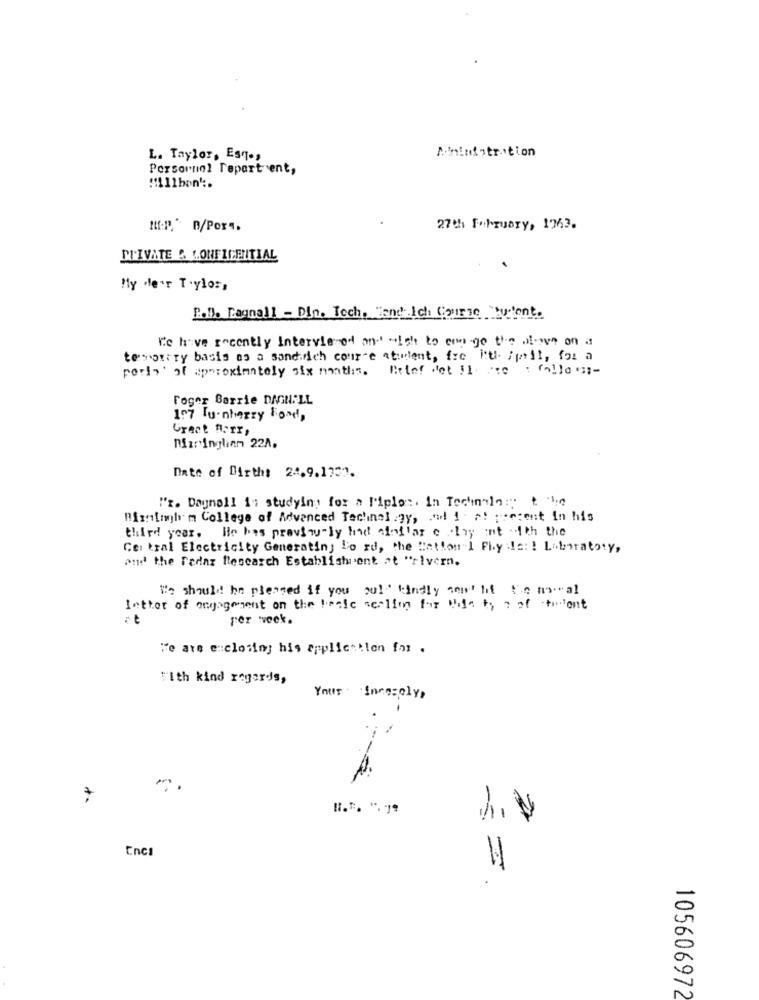
Aninistration
L. Taylor, Esq .,
Personnel repartent,
Mf:P* n/Por".
27th ForTuary, 1963.
PRIVATE & CONFIDENTIAL
My de'r T.ylos,
R.B. Ragnall - Din. Tech, Fand Ich Course Tuent
Ke have recently Intervie od and' "Ich to con -ge the al-on on a
temprary basis as a sandwich course atudent, fre hul Spell, for a
perly' of approximately six months. Betef fet !I mme : follows :-
roger Barrie DAGNALL
107 Tunhezzy Food,
Great norr,
Maringlinn 22A.
Date of Birth: 24.9.1752.
i'm. Dagnall in studying for a Diplo :. In Technolas tho
Birmingham College of Advanced Technology, . od 1 . a! present in his
third year. He has previously had sinflar e .bay int 1th the
Central Electricity Generating To rd, the Cation i Phy:le: ! Laboratory,
and the Tedaz Research Establishment at "rivern.
We should hn pleased if you pu!'' kindly sowrt hit t'.o no."al
Inthat of engagement on the pocie seelien for Niaty a of thedont
per week.
"e ate enclosing his application for .
"Ith kind regards,
Your Incasolys
-
7
Encs
105606972